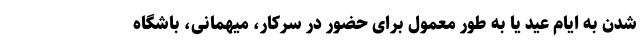
شدن به ایام عید یا به طور معمول برای حضور در سرکار، میهمانی، باشگاه